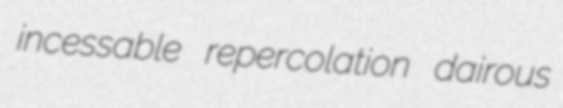
incessable repercolation dairous